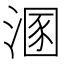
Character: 溷